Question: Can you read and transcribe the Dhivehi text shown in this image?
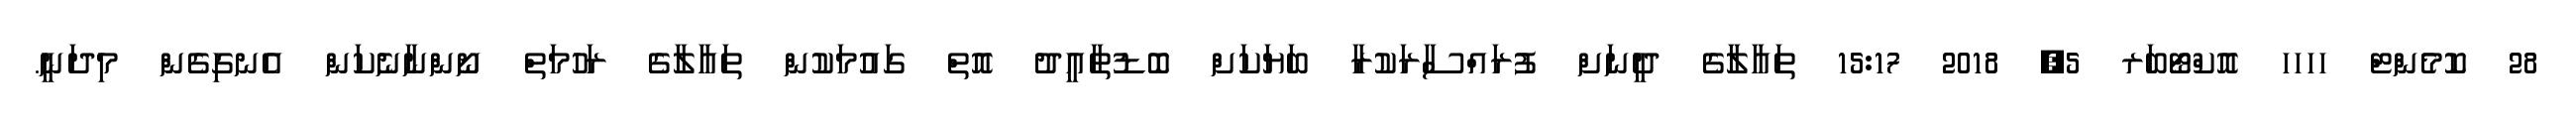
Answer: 28 ކޮމެންޓް ހހހހ އޮކްޓޯބަރ 5, 2018 15:17 ތައާލާގެ ދީނަށް ފުރައްސާރަކުރާ ބަޔަކަށް ބޮޑުތާއީދު އޮތް ގައުމަކުން ތައާލާގެ ރަހުމަތް ނޯންނާނެކަން އެނގިގެން މިދަނީ.